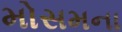
મોસમના